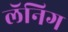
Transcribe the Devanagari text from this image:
लॅनिग